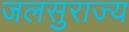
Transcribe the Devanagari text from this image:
जलसुराज्य